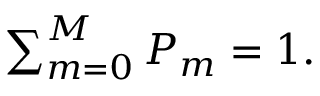
\begin{array} { r } { \sum _ { m = 0 } ^ { M } P _ { m } = 1 . } \end{array}